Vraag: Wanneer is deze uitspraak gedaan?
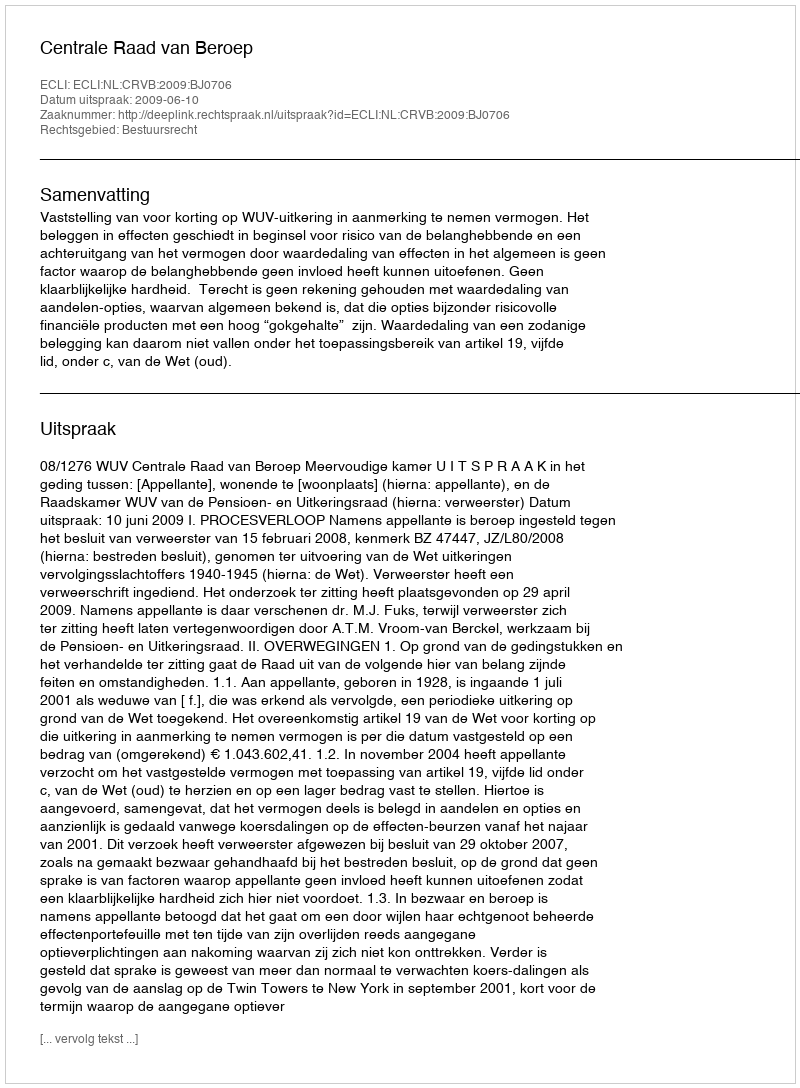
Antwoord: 2009-06-10